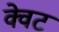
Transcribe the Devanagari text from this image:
क्वेट